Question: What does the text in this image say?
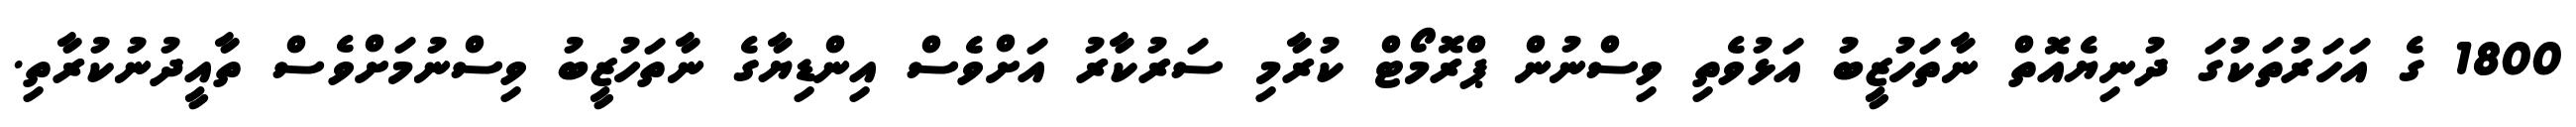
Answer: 1800 ގެ އަހަރުތަކުގަ ދުނިޔެއޮތް ނާތަހުޒީބު އަޅުވެތި ވިސްނުން ޕްރޮމޯޓް ކުރާމި ސަރުކާރު އަށްވެސް އިންޑިޔާގެ ނާތަހުޒީބު ވިސްނުމަށްވެސް ތާއީދުނުކުރާތި.